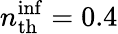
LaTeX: n_{\mathrm{th}}^{\mathrm{inf}}=0.4